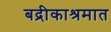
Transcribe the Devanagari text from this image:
बद्रीकाश्रमात